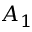
A _ { 1 }